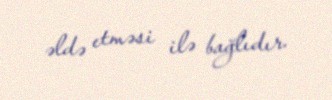
əldə etməsi ilə bağlıdır.